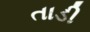
તાડી